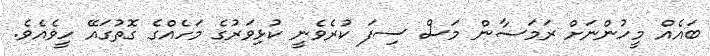
ބައެއް މީހުންނަށް ރަމަޟާން މަސް ސިފަ ކުރެވެނީ ކުޅިވަރުގެ މަހެއްގެ ގޮތުގައޭ ހީވެއެވެ.